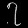
Digit: ၇